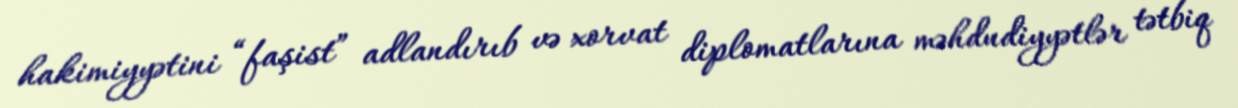
hakimiyyətini “faşist” adlandırıb və xorvat diplomatlarına məhdudiyyətlər tətbiq